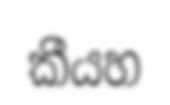
කීයහ